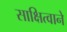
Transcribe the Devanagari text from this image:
साक्षित्वाने